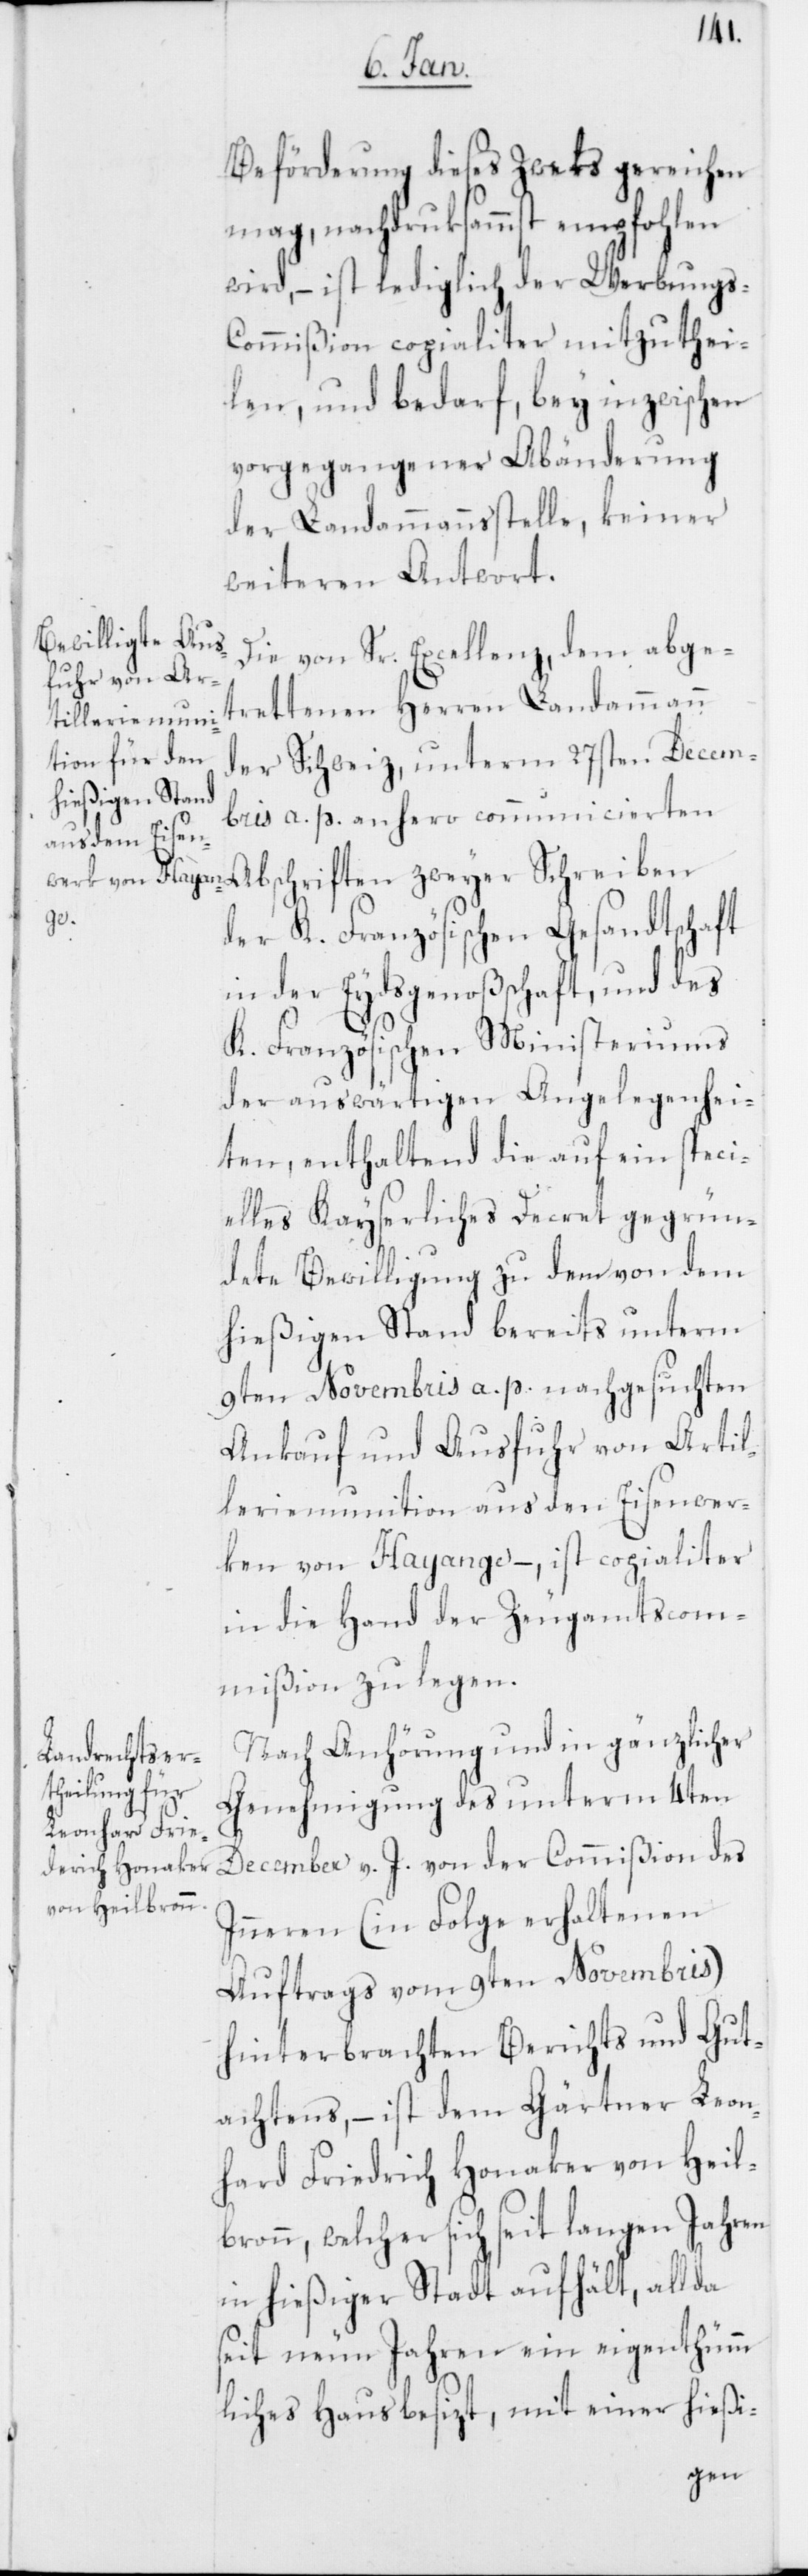
Beförderung dieses Zweks gereichen
mag, nachdruksammst empfohlen
wird, – ist lediglich der Werbungs-C¬
ommißion copialiter mitzuthei¬
len, und bedarf, bey inzwischen
vorgegangener Abänderung
der Landammannsstelle, keiner
weiteren Antwort.
Die von Sr. Excellenz, dem abge¬
trettenen Herren Landammann
der Schweiz, unterm 27sten Decem¬
bris a. p. anhero communicierten
Abschriften zweyer Schreiben
der K. Französischen Gesandtschaft
in der Eydsgenoßschaft, und des
K. Französischen Ministeriums
der auswärtigen Angelegenhei¬
ten, enthaltend die auf ein speci¬
elles Kayserliches Decret gegrün¬
dete Bewilligung zu dem von dem
hießigen Stand bereits unterm
9ten Novembris a. p. nachgesuchten
Ankauf und Ausfuhr von Artil¬
leriemunition aus den Eisenwer¬
ken von Hayange, – ist copialiter
in die Hand der Zeugamtscom¬
mißion zu legen.
Nach Anhörung und in gänzlicher
Genehmigung des unterm 4ten
December v. J. von der Commißion des
Inneren (in Folge erhaltenen
Auftrags vom 9ten Novembris)
hinterbrachten Berichts und Gut¬
achtens, – ist dem Gärtner Leon¬
hard Friedrich Honaker von Heil¬
bronn, welcher sich seit langen Jahren
in hießiger Stadt aufhält, allda
seit neun Jahren ein eigenthüm¬
liches Haus besizt, mit einer hießi-